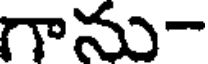
గాను-